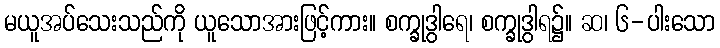
မယူအပ်သေးသည်ကို ယူသောအားဖြင့်ကား။ စက္ခုဒွါရေ၊ စက္ခုဒွါရ၌။ ဆ၊ ၆-ပါးသော